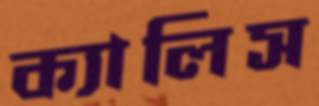
ক্যালিস